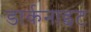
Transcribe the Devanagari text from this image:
डार्कनाइट